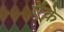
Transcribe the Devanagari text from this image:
ऐंके